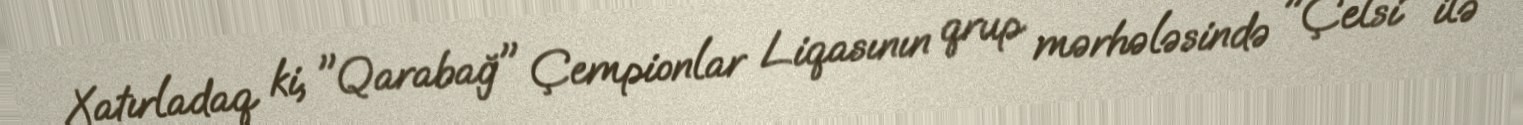
Xatırladaq ki, "Qarabağ" Çempionlar Liqasının qrup mərhələsində "Çelsi" ilə